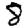
Digit: 8